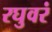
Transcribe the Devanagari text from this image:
रघुवरं